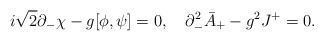
\begin{align*}i\sqrt{2} \partial_{-}\chi - g[\phi,\psi] = 0,\quad\partial_{-}^{2} \bar{A}_{+} - g^2 J^{+} = 0.\end{align*}